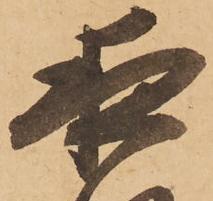
夜